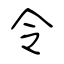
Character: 令